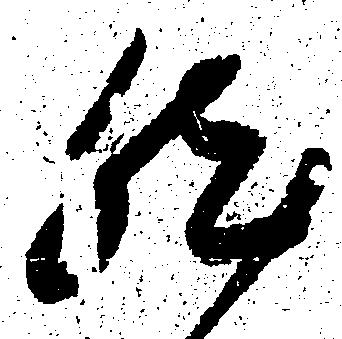
然